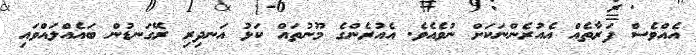
އެއްވެސް ފަރާތެއް އެއުރެންނަކަށް ނުވެއެވެ. އެއުރެންގެ މޫނުތައް ކަޅު އަނދިރި ރޭގަނޑުން ބައެއްލައްވައި